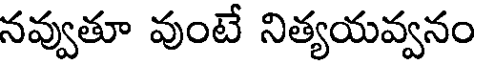
నవ్వుతూ వుంటే నిత్యయవ్వనం